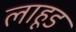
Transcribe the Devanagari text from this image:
लाहूड